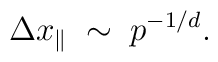
\Delta x_{\parallel}\;\sim\;p^{-1/d}.